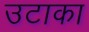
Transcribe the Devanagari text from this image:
उटाका